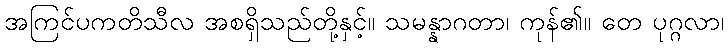
အကြင်ပကတိသီလ အစရှိသည်တို့နှင့်။ သမန္နာဂတာ၊ ကုန်၏။ တေ ပုဂ္ဂလာ၊